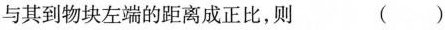
与其到物块左端的距离成正比，则 ()